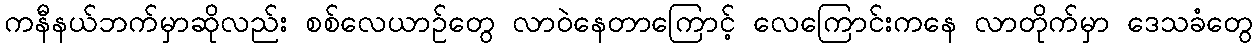
ကနီနယ်ဘက်မှာဆိုလည်း စစ်လေယာဉ်တွေ လာဝဲနေတာကြောင့် လေကြောင်းကနေ လာတိုက်မှာ ဒေသခံတွေ